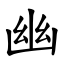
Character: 幽